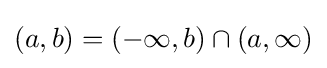
(a,b)=(-\infty ,b)\cap (a,\infty )